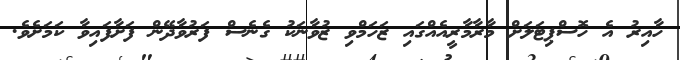
ހާއިރު އެ ހޮސްޕިޓަލަށް މާރާމާރީއެއްގައި ޒަހަމްވި ޒުވާނަކު ގެނެސް ފަރުވާދޭން ފަށާފައިވާ ކަމަށެވެ.